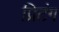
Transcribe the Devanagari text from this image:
प्रिटंग